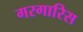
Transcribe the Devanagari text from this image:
गरगारिस